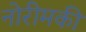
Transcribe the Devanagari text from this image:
नोरीमकी